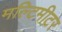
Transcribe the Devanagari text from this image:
मल्टिमीटर